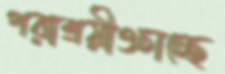
পরাশ্রয়ীওচাচ্ছে